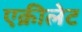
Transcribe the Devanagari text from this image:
एक्रीलेट